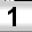
Digit: 1